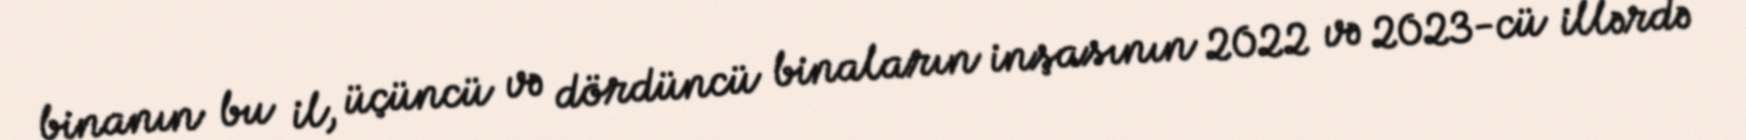
binanın bu il, üçüncü və dördüncü binaların inşasının 2022 və 2023-cü illərdə